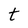
Character: t